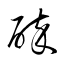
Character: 醉